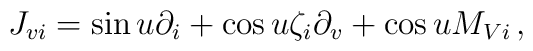
J_{vi}=\sin u\partial_i+\cos u\zeta_i\partial_v+\cos u M_{Vi}\,,